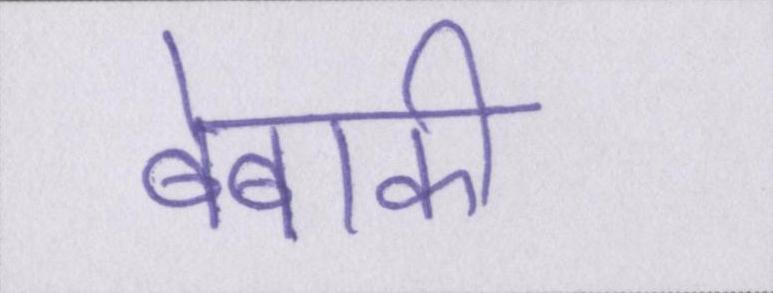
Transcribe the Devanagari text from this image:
बेबाकी